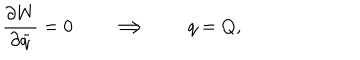
LaTeX: { \frac { \partial W } { \partial \bar { q } } } = 0 \qquad \Longrightarrow \qquad q = Q ,